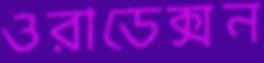
ওরাডেক্সন